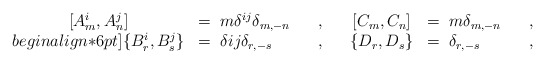
\begin{align*}\begin{array}{cllcll}{[A^i_m,A^j_n]}&=\; m \delta^{ij} \delta_{m,-n}\;\;\;&,\;\;\;&[C_m,C_n]&=\; m \delta_{m,-n}\;\;\;&,\\begin{align*}6pt]\{B^i_r,B^j_s \}&=\; \delta{ij} \delta_{r,-s}\;\;\;&,\;\;\;&\{D_r,D_s \}&=\; \delta_{r,-s}\;\;\;&,\end{array}\end{align*}